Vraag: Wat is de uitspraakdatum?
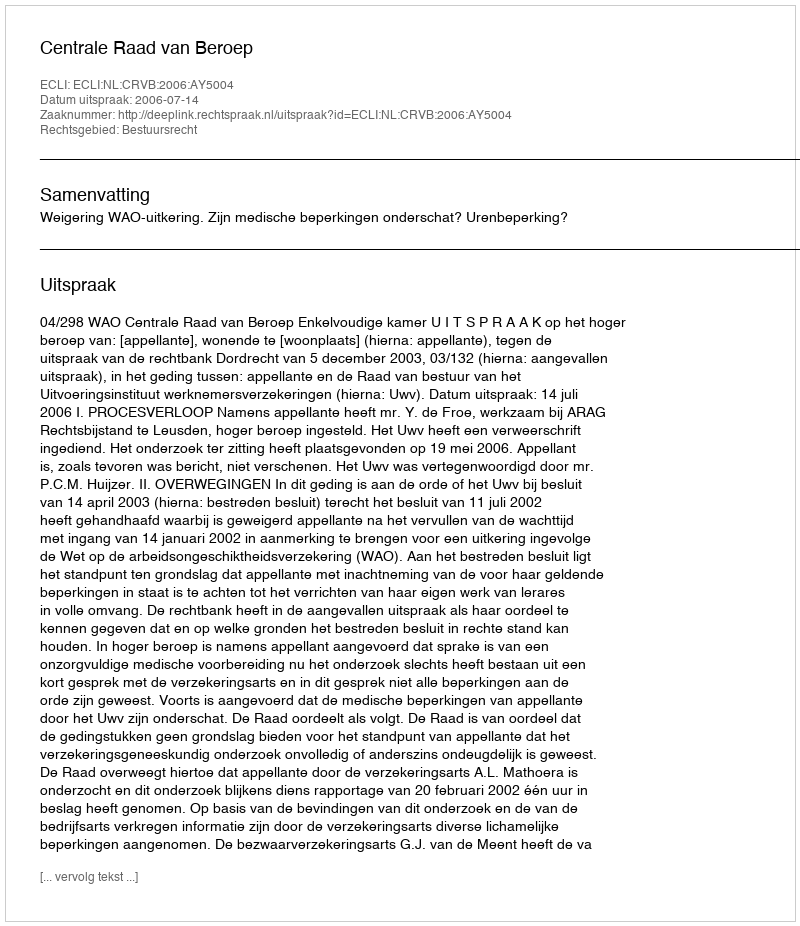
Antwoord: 2006-07-14